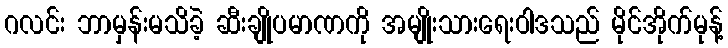
ဂလင်း ဘာမှန်းမသိခဲ့ ဆီးချိုပမာဏကို အမျိုးသားရေးဝါဒသည် မိုင်အိုက်မုန့်